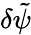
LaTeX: \delta\tilde{\psi}